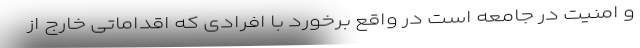
و امنیت در جامعه است در واقع برخورد با افرادی که اقداماتی خارج از